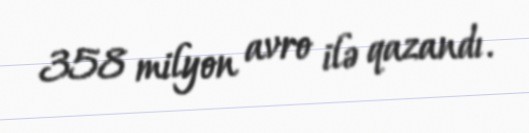
358 milyon avro ilə qazandı.